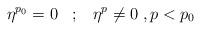
LaTeX: \begin{align*}\eta^{p_0} = 0\;\;\; ;\;\;\; \eta^p \neq 0\; , p<p_0\end{align*}